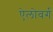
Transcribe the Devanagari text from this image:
ऐलोवर्ग